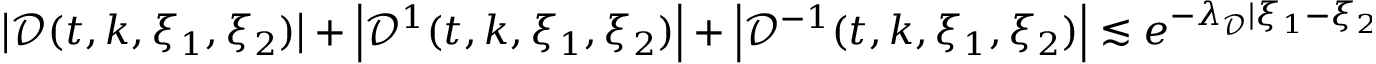
\begin{array} { r } { \left| \mathcal { D } ( t , k , \xi _ { 1 } , \xi _ { 2 } ) \right| + \left| \mathcal { D } ^ { 1 } ( t , k , \xi _ { 1 } , \xi _ { 2 } ) \right| + \left| \mathcal { D } ^ { - 1 } ( t , k , \xi _ { 1 } , \xi _ { 2 } ) \right| \lesssim e ^ { - \lambda _ { \mathcal { D } } | \xi _ { 1 } - \xi _ { 2 } | ^ { s _ { 0 } } } . } \end{array}